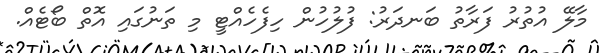
މާލޭ އުތުރު ފަރާތު ބަނދަރު: ފުލުހުން ހިފެހެއްޓީ މި ތަނުގައި އޮތް ބޯޓެއް.